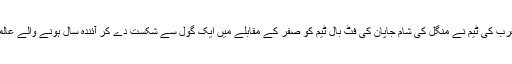
تفصیلات کے مطابق سعودی عرب کی ٹیم نے منگل کی شام جاپان کی فٹ بال ٹیم کو صفر کے مقابلے میں ایک گول سے شکست دے کر آئندہ سال ہونے والے عالمی میلے کے لیے کوالیفائی کیا۔